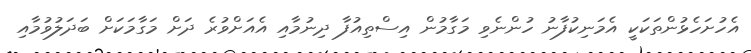
އެހުށަހެޅުންތަކަކީ އެމަނިކުފާނު ހުންނެވި މަގާމުން އިސްތިއުފާ ދިނުމާއި އެއަށްވުރެ ދަށް މަގާމަކަށް ބަދަލުވުމާއި